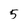
Character: 5